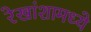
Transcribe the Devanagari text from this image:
रेखांशामध्ये